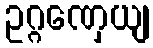
ဥဂ္ဂဏှေယျ